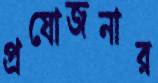
প্রযোজনার